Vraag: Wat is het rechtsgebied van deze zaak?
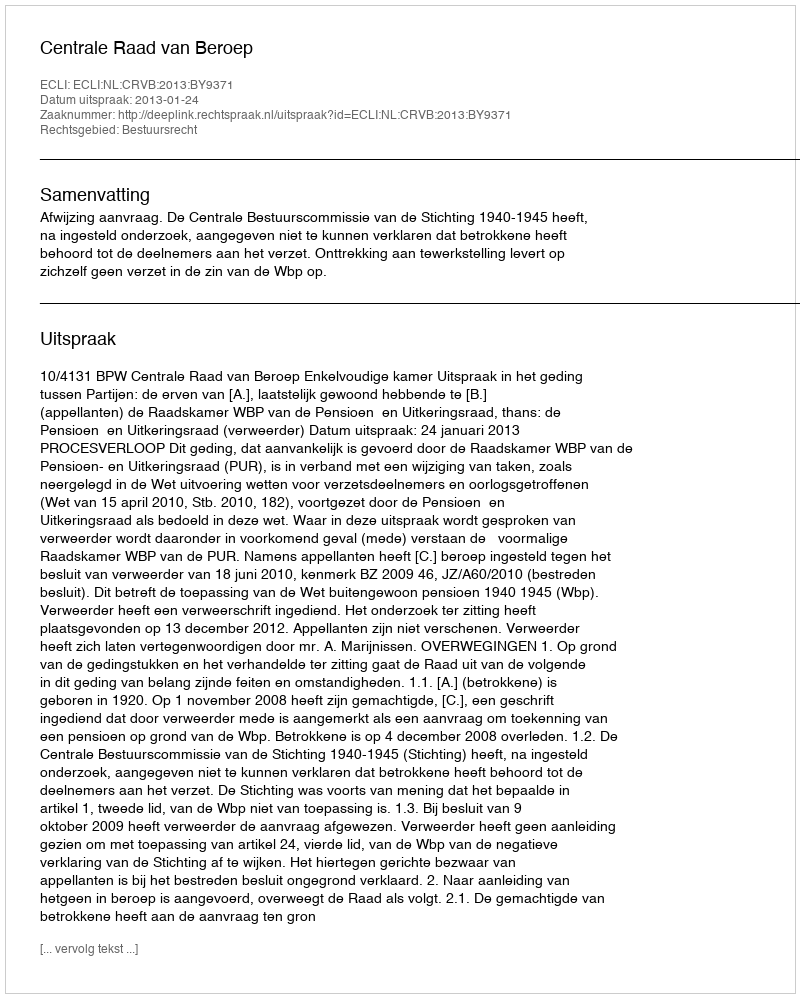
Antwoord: Bestuursrecht